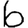
Digit: 6